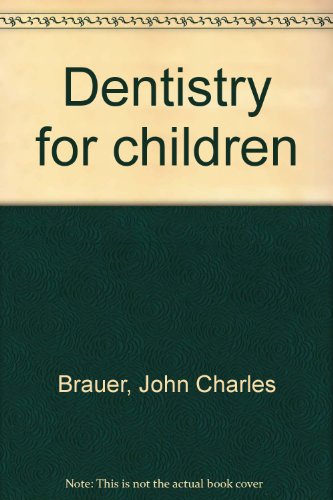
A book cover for Dentistry for children; John Charles Brauer; Medical Books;